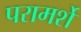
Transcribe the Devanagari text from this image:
परामर्शे